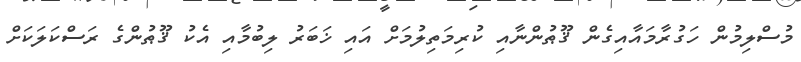
މުސްލިމުން ހަގުރާމައާއިގެން ޤޫޠުންނާއި ކުރިމަތިލުމަށް އައި ޚަބަރު ލިބުމާއި އެކު ޤޫޠުންގެ ރަސްކަލަކަށް